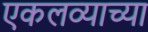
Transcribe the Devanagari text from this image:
एकलव्याच्या